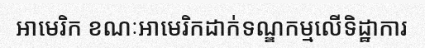
អាមេរិក ខណៈអាមេរិកដាក់ទណ្ឌកម្មលើទិដ្ឋាការ